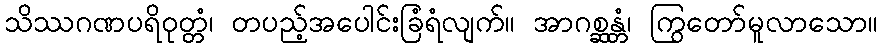
သိဿဂဏပရိဝုတ္တံ၊ တပည့်အပေါင်းခြံရံလျက်။ အာဂစ္ဆန္တံ၊ ကြွတော်မူလာသော။